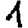
Digit: 1